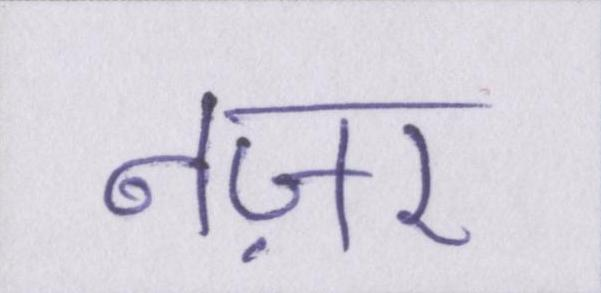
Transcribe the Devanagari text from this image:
नज़र